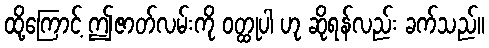
ထို့ကြောင့် ဤဇာတ်လမ်းကို ဝတ္ထုပါ ဟု ဆိုရန်လည်း ခက်သည်။